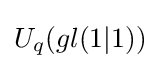
U_{q}(gl(1|1))